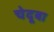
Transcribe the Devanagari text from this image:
चेदूबा